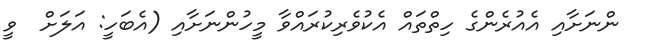
ންނަށާއި އެއުރެންގެ ހިތްތައް އެކުވެރިކުރައްވާ މީހުންނަށާއި (އެބަހީ: އަލަށް  ވީ